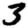
Digit: 3